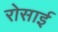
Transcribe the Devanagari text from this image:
रोसाई